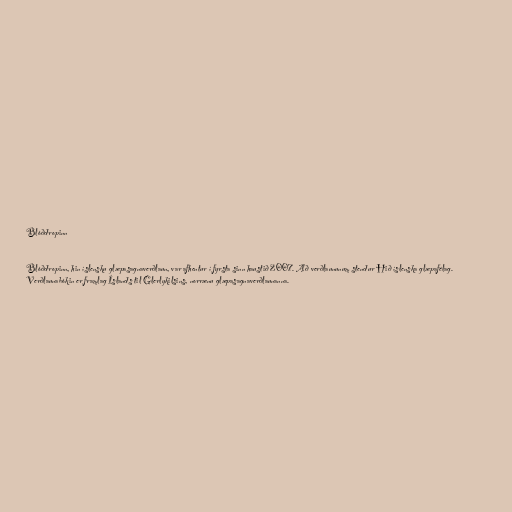
Blóðdropinn

Blóðdropinn, hin íslensku glæpasagnaverðlaun, var afhentur í fyrsta sinn haustið 2007. Að verðlaununum stendur Hið íslenska glæpafélag.
Verðlaunabókin er framlag Íslands til Glerlykilsins, norrænu glæpasagnaverðlaunanna.